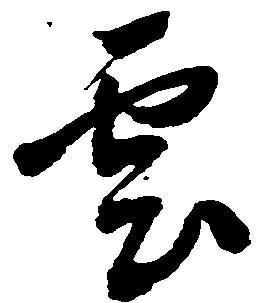
雲